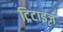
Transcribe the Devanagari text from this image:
ट्रिटाइज़